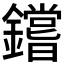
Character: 𰽐